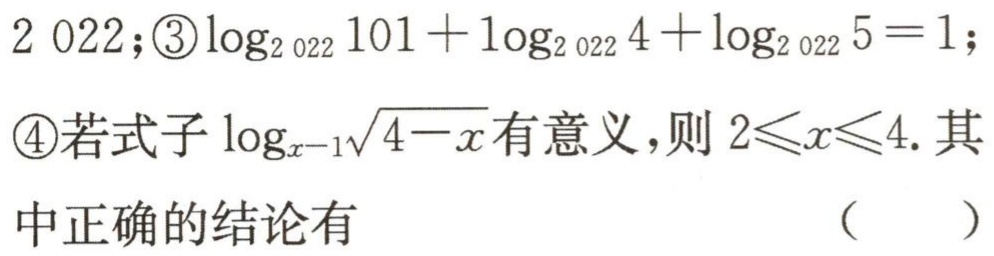
$2\ 022;\textcircled{3}\log_{2\ 022}101 + \log_{2\ 022}4+\log_{2\ 022}5 = 1;$
\textcircled{4}若式子$\log_{x - 1}\sqrt{4 - x}$有意义，则$2\leqslant x\leqslant4.$其中正确的结论有
（  ）